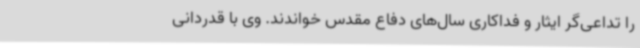
را تداعی‌گر ایثار و فداکاری سال‌های دفاع مقدس خواندند. وی با قدردانی